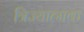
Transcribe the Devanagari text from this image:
त्रिज्यात्मक